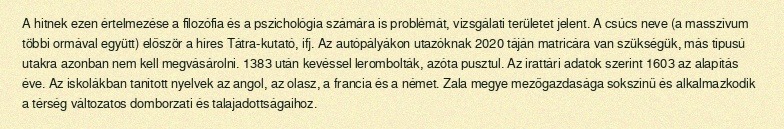
A hitnek ezen értelmezése a filozófia és a pszichológia számára is problémát, vizsgálati területet jelent. A csúcs neve (a masszívum többi ormával együtt) először a híres Tátra-kutató, ifj. Az autópályákon utazóknak 2020 táján matricára van szükségük, más típusú utakra azonban nem kell megvásárolni. 1383 után kevéssel lerombolták, azóta pusztul. Az irattári adatok szerint 1603 az alapítás éve. Az iskolákban tanított nyelvek az angol, az olasz, a francia és a német. Zala megye mezőgazdasága sokszínű és alkalmazkodik a térség változatos domborzati és talajadottságaihoz.